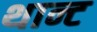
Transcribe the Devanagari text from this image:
थान्ट